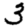
Digit: 3